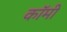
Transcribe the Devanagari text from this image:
कॉमी